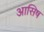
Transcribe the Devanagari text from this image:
आसिष